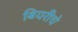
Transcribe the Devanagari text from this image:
बियरीचे